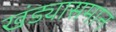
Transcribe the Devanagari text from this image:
खंड्यासमान